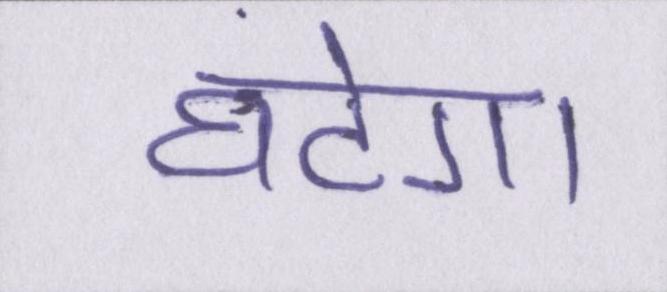
घटेगा